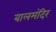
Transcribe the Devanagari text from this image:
बालमंदिर